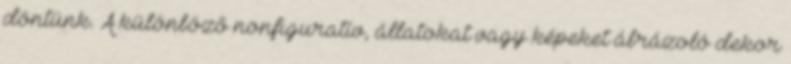
döntünk. A különböző nonfiguratív, állatokat vagy képeket ábrázoló dekor